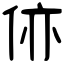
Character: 㑊